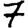
Digit: 7